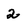
Character: 2